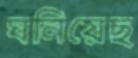
ঘনিয়েছ